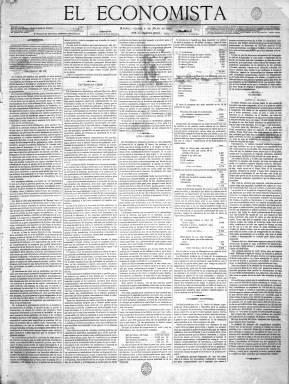
Título: El Economista (Madrid. 1876)
Otros títulos: Título n. 1: El Economista español
Colección: Periódicos
Ámbito geográfico: Madrid
Lugar de publicación: Madrid
Fechas: 08/05/1876-18/11/1876